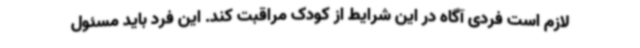
لازم است فردی آگاه در این شرایط از کودک مراقبت کند. این فرد باید مسئول